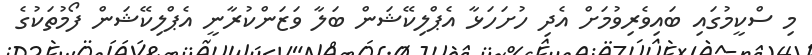
މި ސްކީމުގައި ބައިވެރިވުމަށް އެދި ހުށަހަޅާ އެޕްލިކޭޝަން ބަލާ ވަޒަންކުރާނީ އެޕްލިކޭޝަން ފޯމުތަކުގެ